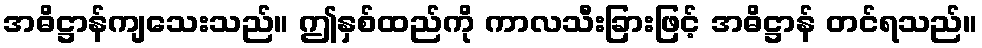
အဓိဋ္ဌာန်ကျသေးသည်။ ဤနှစ်ထည်ကို ကာလသီးခြားဖြင့် အဓိဋ္ဌာန် တင်ရသည်။